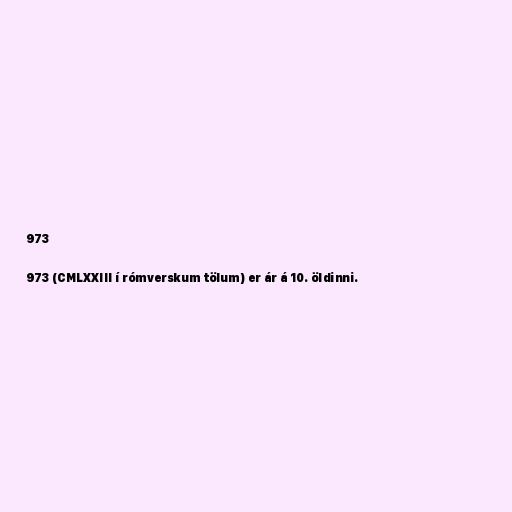
973

973 (CMLXXIII í rómverskum tölum) er ár á 10. öldinni.